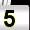
Digit: 5